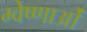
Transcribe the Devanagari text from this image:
ग्वेष्णाओं